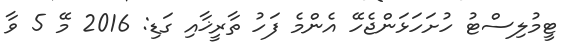
ޓީމުލިސްޓު ހުށަހަޅަންޖެހޭ އެންމެ ފަހު ތާރީޚާއި ގަޑި: 2016 މޭ 5 ވާ